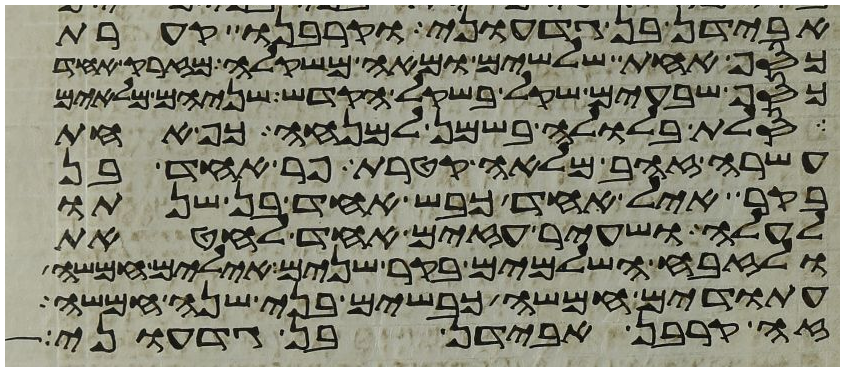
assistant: אבידן בן גדעוני וקרבנו קערת
כסף אחת שלשים ומאה משקלה מזרק אחד
כסף שבעים שקל בשקל הקדש שניהם מלאים
סלת בלולה בשמן למנחה כף אחת
עשרה זהב מלאה קטרת פר אחד בן
בקר איל אחד כבש אחד בן שנתו
לעלה ושעיר עזים אחד לחטאת
ולזבח השלמים בקר שנים אילים חמשה
עתודים חמשה כבשים בני שנה חמשה
זה קרבן אבידן בן גדעוני